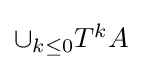
{\textstyle \cup _{k\leq 0}T^{k}A}